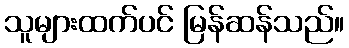
သူများထက်ပင် မြန်ဆန်သည်။